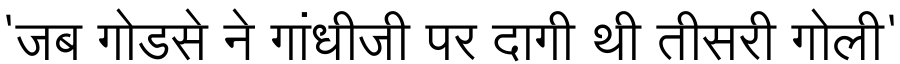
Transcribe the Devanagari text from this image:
'जब गोडसे ने गांधीजी पर दागी थी तीसरी गोली'